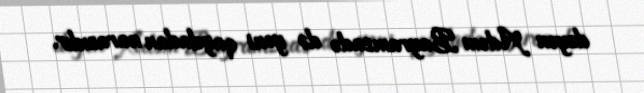
deyən Adəm Bayramzadə də yeni qaydadan narazıdır.